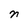
Character: n